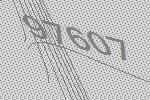
97607